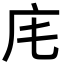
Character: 𢇠